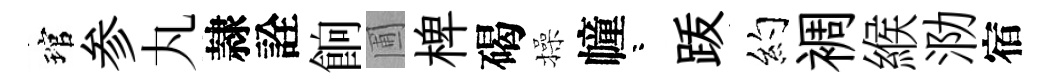
琯参丸隷詮餉圃椑碣操幢咯䟦约裯緱泐宿